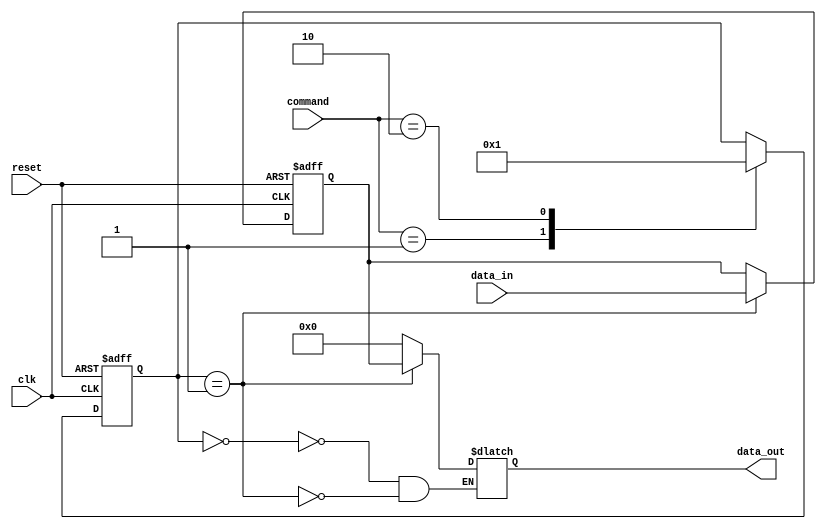
module memory_controller(
    input wire clk,
    input wire reset,
    input wire [7:0] command,
    input wire [15:0] data_in,
    output reg [15:0] data_out
);

// Command decoder
reg [1:0] control_signals;
always @ (posedge clk or posedge reset) begin
    if (reset) begin
        control_signals <= 2'b00; // Default state
    end else begin
        case (command)
            8'b00000001: control_signals <= 2'b00; // Read command
            8'b00000010: control_signals <= 2'b01; // Write command
            // Other commands and operations
        endcase
    end
end

// Address generator
reg [15:0] memory_address;
always @ (posedge clk or posedge reset) begin
    if (reset) begin
        memory_address <= 16'b0; // Default address
    end else begin
        // Address generation logic based on command and data
        // Placeholder logic
    end
end

// Data buffer
reg [15:0] data_buffer;
always @ (posedge clk or posedge reset) begin
    if (reset) begin
        data_buffer <= 16'b0; // Default data
    end else begin
        if (control_signals == 2'b01) begin // Write operation
            data_buffer <= data_in;
        end
    end
end

// Arbitration logic
// Placeholder for arbitration logic

// Error detection and correction
// Placeholder for error detection and correction logic

// Data output
always @ (*) begin
    case (control_signals)
        2'b00: data_out = 16'b0; // No data output for read operation
        2'b01: data_out = data_buffer; // Data output for write operation
        // Other control signal cases
    endcase
end

endmodule